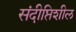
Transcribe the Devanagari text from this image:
संदीप्तिशील